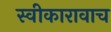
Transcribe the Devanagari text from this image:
स्वीकारावाच